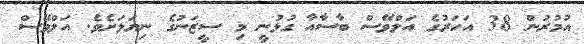
އުމުރުން 38 އަހަރުގެ އަލްވޭސް ބާސާއާ ގުޅުނީ މި ސީޒަނުގެ ނިޔަލަށެވެ. އަލްވޭސް